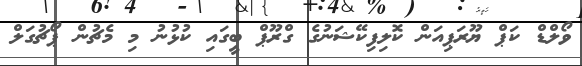
ވޯލްޑް ކަޕް ޔޫރަޕިއަން ކޮލިފިކޭޝަނުގެ ގްރޫޕް ބީގައި ކުޅުނު މި މެޗުން ޕޯޗުގަލް